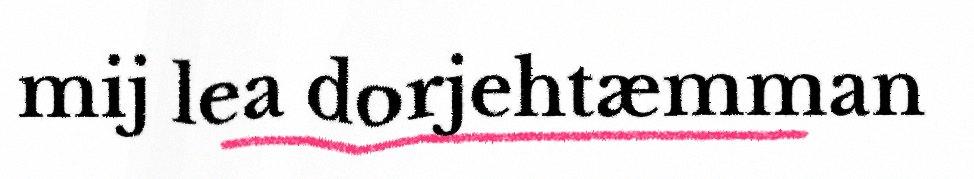
mij lea dorjehtæmman